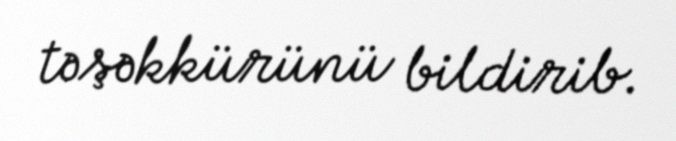
təşəkkürünü bildirib.